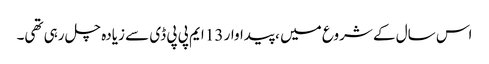
اس سال کے شروع میں ، پیداوار 13 ایم پی پی ڈی سے زیادہ چل رہی تھی۔